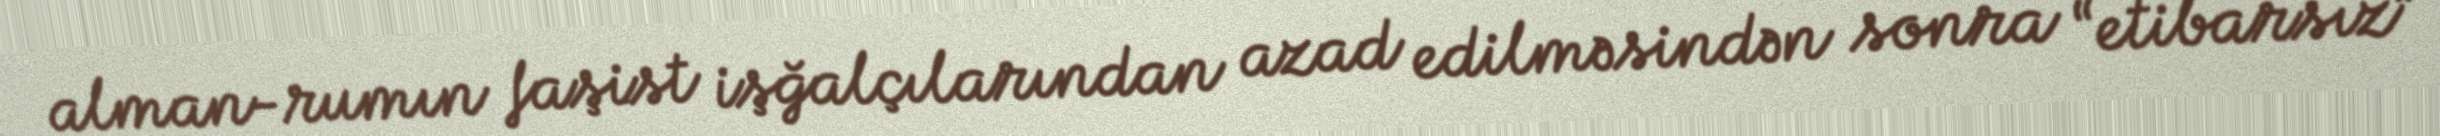
alman-rumın faşist işğalçılarından azad edilməsindən sonra “etibarsız”